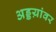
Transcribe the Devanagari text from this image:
अड्डय़ांवर